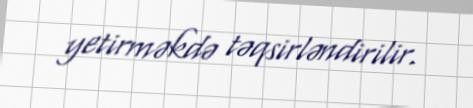
yetirməkdə təqsirləndirilir.